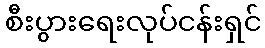
စီးပွားရေးလုပ်ငန်းရှင်